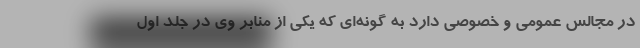
در مجالس عمومی و خصوصی دارد به گونه‌ای که یکی از منابر وی در جلد اول